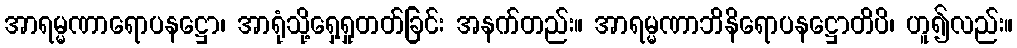
အာရမ္မဏာရောပနဋ္ဌော၊ အာရုံသို့ရှေ့ရှုတတ်ခြင်း အနက်တည်း။ အာရမ္မဏာဘိနိရောပနဋ္ဌောတိပိ၊ ဟူ၍လည်း။